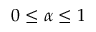
0 \leq \alpha \leq 1